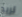
تريد